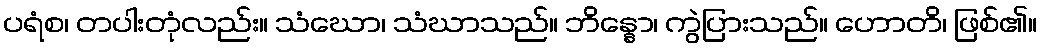
ပရံစ၊ တပါးတုံလည်း။ သံဃော၊ သံဃာသည်။ ဘိန္နော၊ ကွဲပြားသည်။ ဟောတိ၊ ဖြစ်၏။